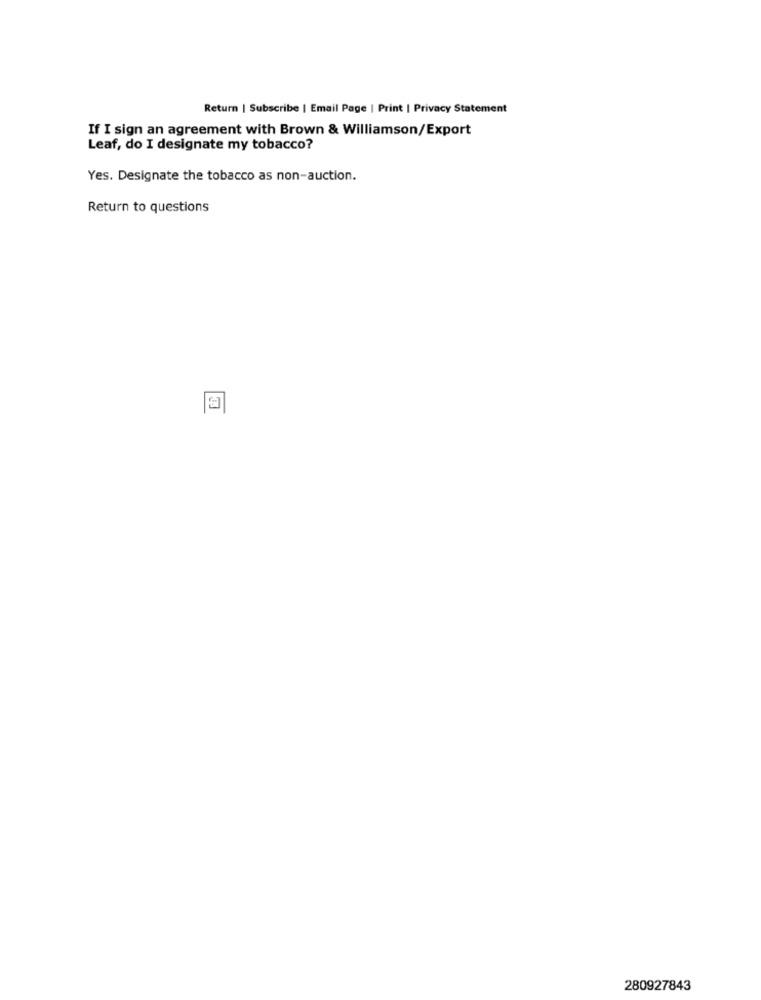
Return | Subscribe | Email Page | Print | Privacy Statement
If I sign an agreement with Brown & Williamson/Export
Leaf, do I designate my tobacco?
Yes. Designate the tobacco as non-auction.
Return to questions
280927843